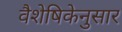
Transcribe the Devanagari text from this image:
वैशेषिकेनुसार